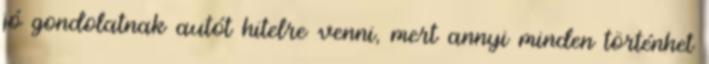
jó gondolatnak autót hitelre venni, mert annyi minden történhet